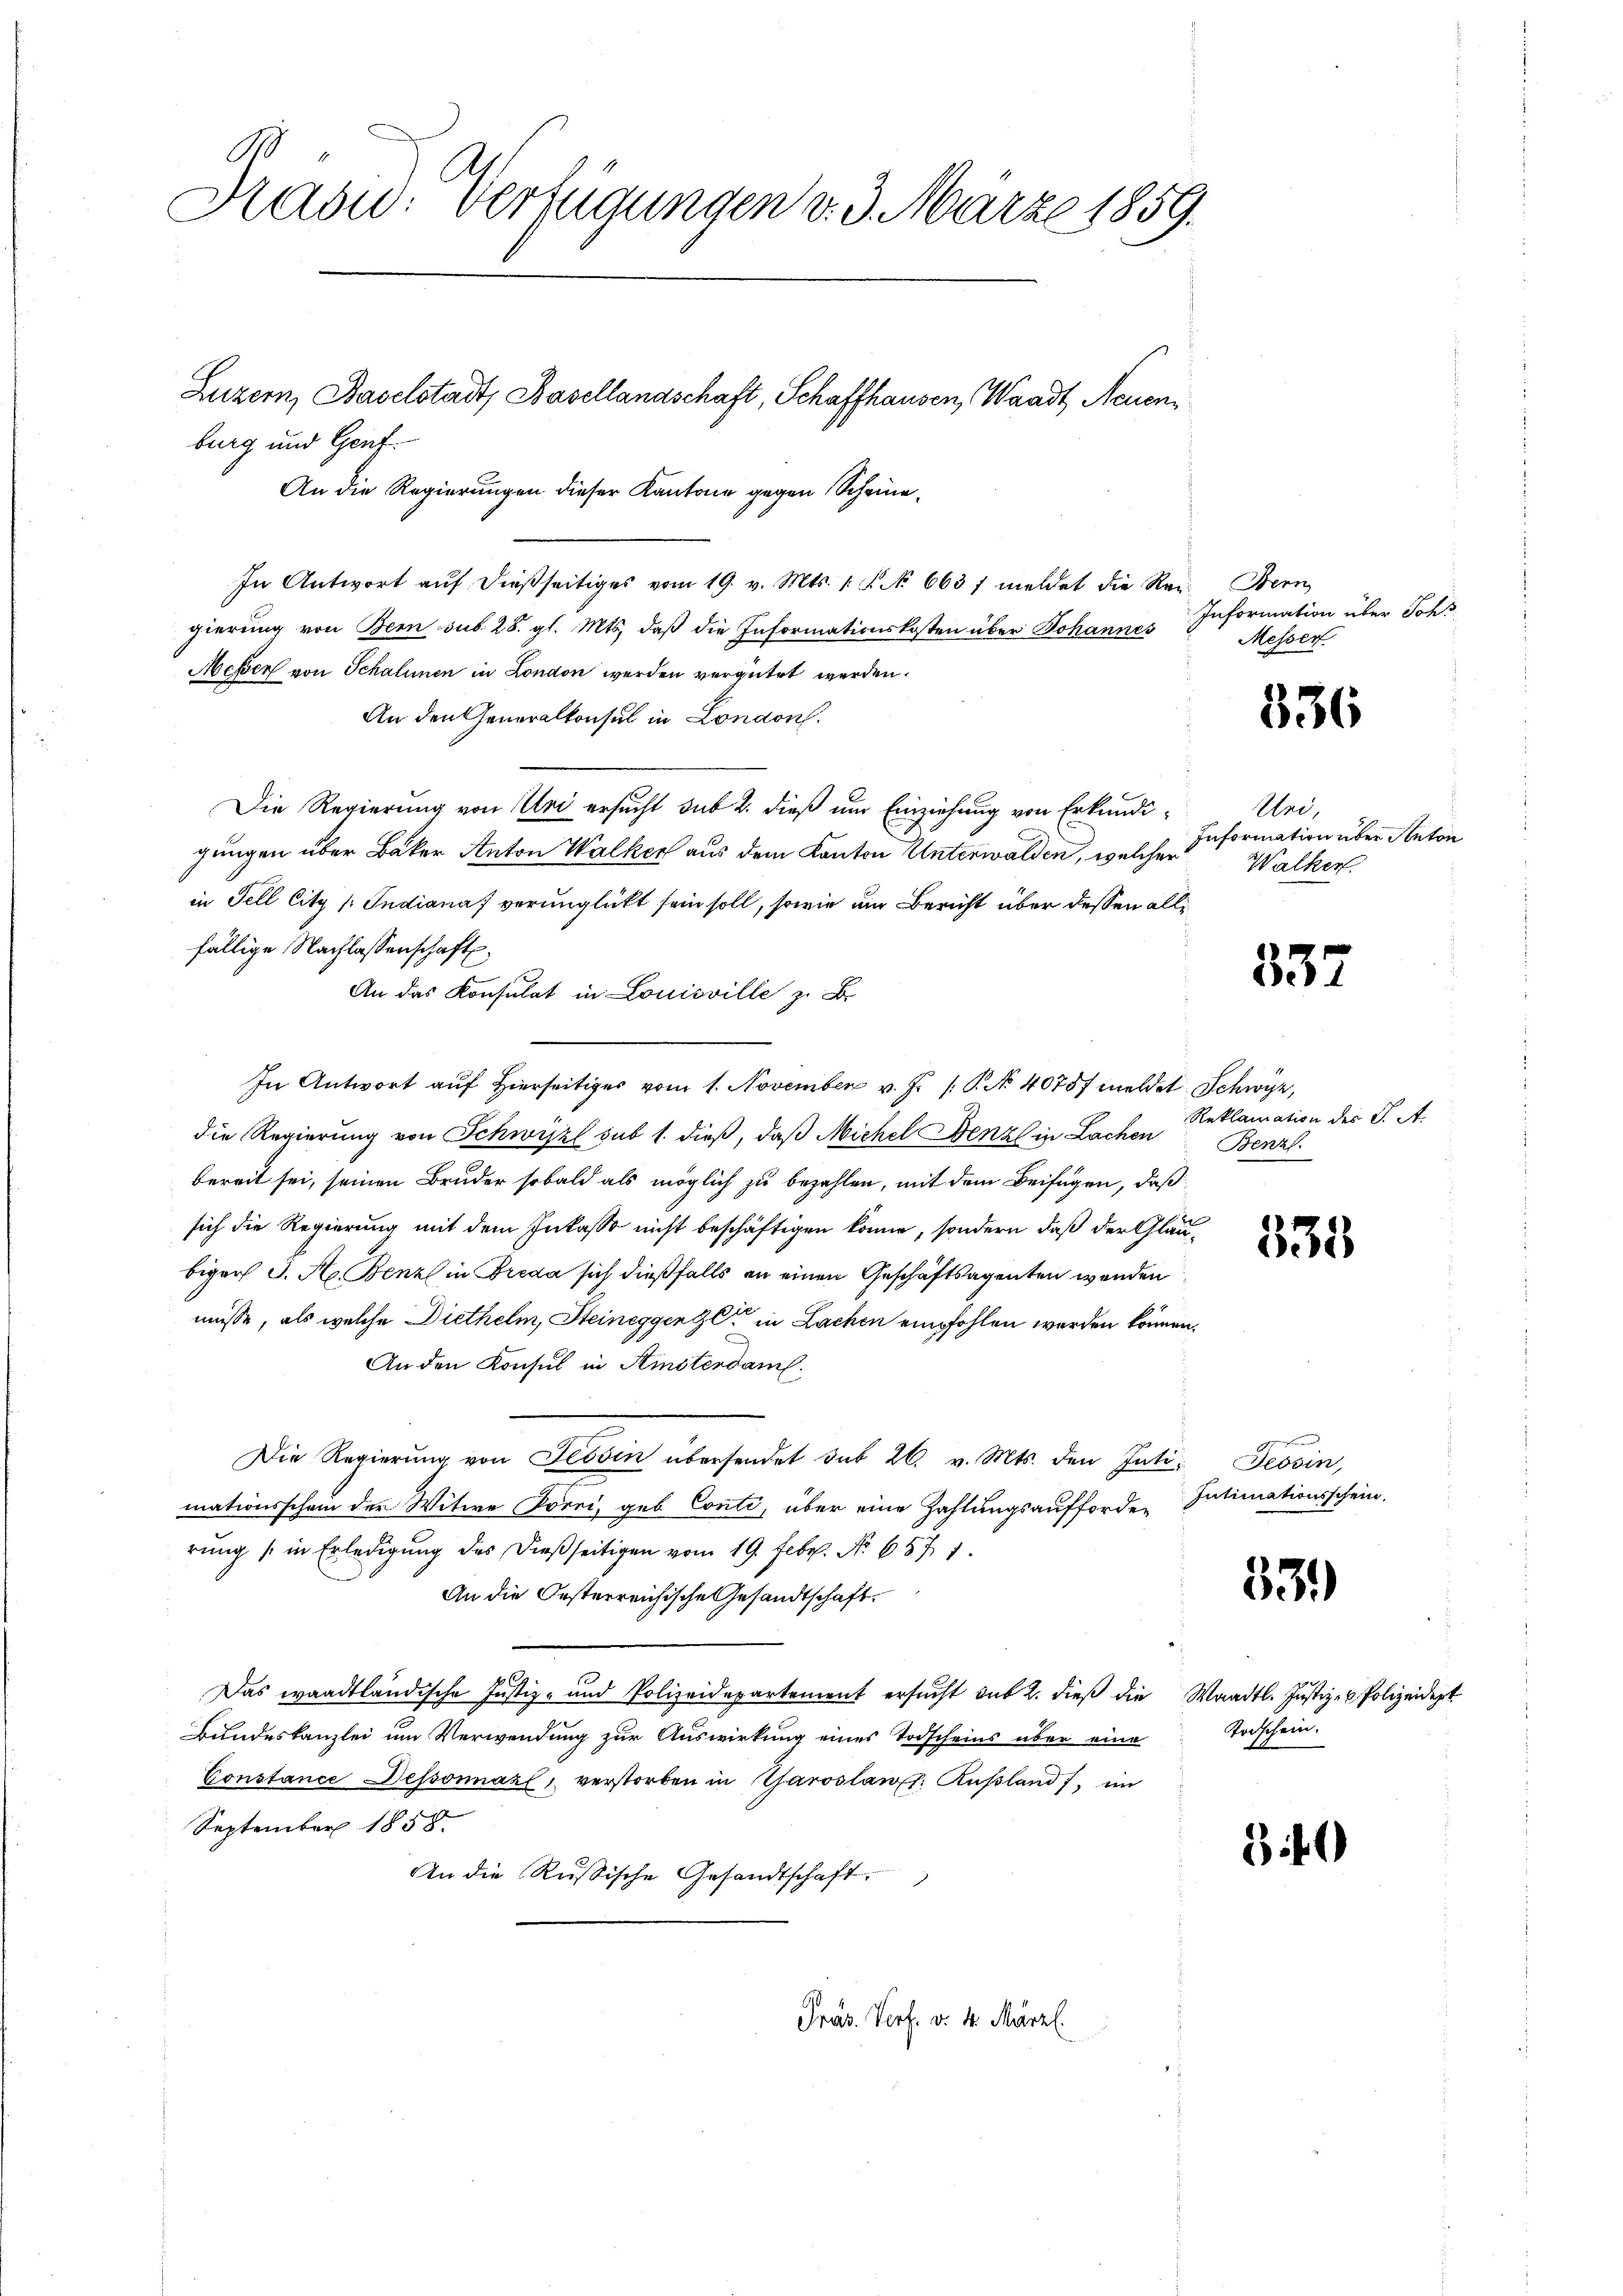
Rasu: Verfügungen v. 3. März 1859.

burg und Genf
In Antwort aŭf dießseitiges vom 19. v. Mts. 1. P. No. 663 f meldet die Reg. Bern
gierung von Bern sub 28. gl. Mts. daß die Informationskosten über Johannes
Messer von Schalinen in London werden vergütet werden.
An den Generalkonsul in London.
Die Regierung von Uri ersucht sub 2. dieß um Einziehung von Erkundigungen über Bäker Anton Walker aus dem Kanton Unterwalden, welcher
in Fell Citz /: Indiana verunglückt sein soll, sowie um Bericht über dessen alle
fällige Nachlassenschaft.
An das Konsulat in Louisville z. B.
In Antwort auf hierseitiger vom 1. November v. J. P. No. 40757 meldet Schwyz,
die Regierung von Schwiszl sub 1. dieß, daß Michel Fenzl in Lachen
bereit sei, seinen Bruder sobald als möglich zu bezahlen, mit dem Beifügen, daß
sich die Regierung mit dem Inkasso nicht beschäftigen könne, sondern, daß der Gläubigen J. A. Benz in Breda sich dießfalls an einen Geschäftsagenten werden
müsse, als welche Diethelm, Steineggenge in Lachen empfohlen werden können,
An den Konsul in Kisterdame.
Die Regierŭng von Tessin übersendet sub 26. v. Mts. den Inti- Tessin,
mationsschein der Witwe Korri, geb. Conti, über eine Zahlungsaufforder
rung (in Erledigung des dießseitigen vom 19. Febr. No. 687. 1
An die Oesterreichische Gesandtschaft.
Das waadtländische Justiz- und Polizeidepartement ersucht sub 2. dieß die Waadt. Justiz- & Polizeidert
Bundeskanzlei um Verwendung zur Auswirkung eines Todscheins über eine
Constance Dessonnázl, verstorben in Taroslaw: Rußland, im
September 1858.
An die Russische Gesandtschaft.

Luzern, Baselstadt, Basellandschaft, Schaffhausen, Waadt, Neuen¬
An die Regierungen dieser Kantone gegen Schrie¬

Präs. Verf. v. 4. März l.

Information über Johs
Messer

536

Und,
Information über Anton
Walker.

337

Reklamation des J. A.
Benzl.

535

Intimationsschein.

331)

Todschein.

30